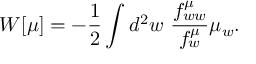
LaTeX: W [ \mu ] = - { \frac { 1 } { 2 } } \int d ^ { 2 } w \, \, { \frac { f _ { w w } ^ { \mu } } { f _ { w } ^ { \mu } } } \mu _ { w } .